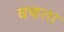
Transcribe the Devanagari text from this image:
बकता